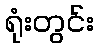
ရုံးတွင်း